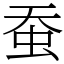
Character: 蚕